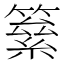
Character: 𥳮